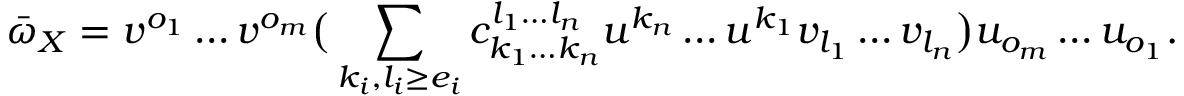
\bar { \omega } _ { X } = v ^ { o _ { 1 } } \dots v ^ { o _ { m } } \big ( \sum _ { k _ { i } , l _ { i } \ge e _ { i } } c _ { k _ { 1 } \dots k _ { n } } ^ { l _ { 1 } \dots l _ { n } } u ^ { k _ { n } } \dots u ^ { k _ { 1 } } v _ { l _ { 1 } } \dots v _ { l _ { n } } \big ) u _ { o _ { m } } \dots u _ { o _ { 1 } } .